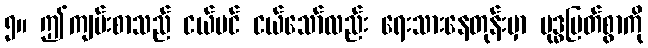
၅။ ဤကျမ်းစာသည် ငယ်ပင် ငယ်သော်လည်း ရေးသားနေတုန်းမှာ ဗုဒ္ဓမြတ်စွာကို